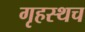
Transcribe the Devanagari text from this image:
गृहस्थच